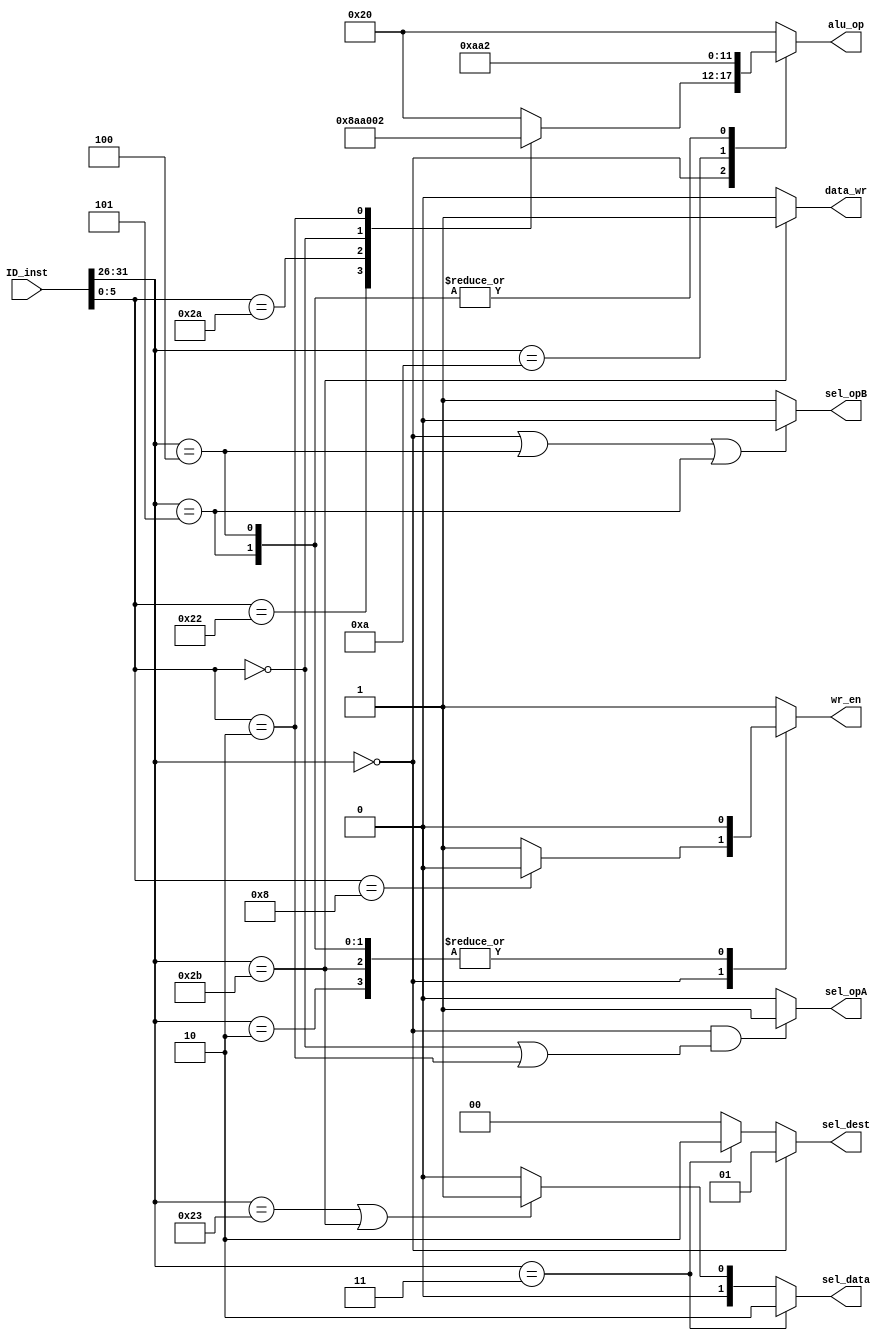
module control(
	// inputs
	input [31:0] ID_inst,
	// outputs
	output reg sel_opA,
	output reg sel_opB,
	output reg [1:0] sel_dest,
	output reg [5:0] alu_op,
	output reg data_wr,
	output reg [1:0] sel_data,
	output reg wr_en
	);

// Parameters for func/opcode
	wire [5:0] opcode, func;
	assign opcode = ID_inst[31:26];
	assign func = ID_inst[5:0];

	parameter ADD = 6'h20;	// func
	parameter SUB = 6'h22;	// func
	parameter SLT = 6'h2a;	// func
	parameter SLL = 6'h00;	// func
	parameter SRL = 6'h02;	// func
	parameter JR = 6'h08;	// func

	parameter ADDI = 6'h08;	// opcode
	parameter SLTI = 6'h0a;	// opcode
	parameter LW = 6'h23;	// opcode
	parameter SW = 6'h2b;	// opcode
	parameter BEQ = 6'h04;	// opcode
	parameter BNE = 6'h05;	// opcode
	parameter JUMP = 6'h02;	// opcode
	parameter JAL = 6'h03;	// opcode

	always@(*) begin
		// sel_dest<1:0>
		// 0 - I-type inst
		// 1 - R-type inst
		// 2 - $ra
		if(opcode == 6'b0)		// R-Type
			sel_dest = 2'd1;
		else if(opcode == JAL)
			sel_dest = 2'd2;		// JAL
		else
			sel_dest = 2'd0;
	end

	always@(*) begin
		// sel_data
		// 0 - R-type + some I-type instructions
		// 1 - LW/SW
		// 2 - save PC+4 (JAL)
		if(opcode == JAL)
			sel_data = 2'd2;
		else if(opcode == LW || opcode == SW)
			sel_data = 2'd1;
		else
			sel_data = 2'd0;
	end

	always@(*) begin
		// sel_opA
		// 0 - Everything else
		// 1 - SLL/ SRL
		if(opcode == 6'h0 && (func == SLL || func == SRL))
			sel_opA = 2'd1;
		else
			sel_opA = 2'd0;
	end

	always@(*) begin
		// sel_opB
		// 0 - R-type, BEQ, BNE
		// 1 - I-type
		if(opcode == 6'h0 || opcode == BEQ || opcode == BNE)
			sel_opB = 2'd0;
		else
			sel_opB = 2'd1;
	end

	always@(*) begin
		// wr_en
		// 0 - SW, BEQ, BNE, JR, Jump
		// 1 - LW, R-type, I-type, JAL
		case(opcode)
			6'h0: if(func == JR)
					wr_en = 1'd0;
				  else
				  	wr_en = 1'd1;
			SW: wr_en = 1'd0;
			BEQ: wr_en = 1'd0;
			BNE: wr_en = 1'd0;
			JUMP: wr_en = 1'd0;
			default: wr_en = 1'd1;
		endcase
	end

	always@(*) begin
		// alu_op
		case(opcode)
			6'h0:	// Rtype
				case(func)
					ADD: alu_op = ADD;
					SUB: alu_op = SUB;
					SLT: alu_op = SLT;
					SLL: alu_op = SLL;
					SRL: alu_op = SRL;
					default: alu_op = ADD;
				endcase
			ADDI: alu_op = ADD;
			SLTI: alu_op = SLT;
			BEQ:  alu_op = SUB;
			BNE:  alu_op = SUB;
			default: alu_op = ADD;
		endcase
	end
	
	always@(*) begin
		// data_wr
		// 0 - Everything else
		// 1 - SW
		if(opcode == SW)
			data_wr = 1;
		else
			data_wr = 0;
	end

endmodule